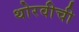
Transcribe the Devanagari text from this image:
थोरवीची